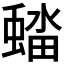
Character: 𮔭